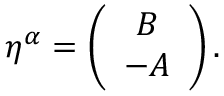
\eta ^ { \alpha } = \left( \begin{array} { c } { { B } } \\ { { - A } } \end{array} \right) .